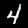
Digit: 4